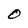
Character: O